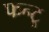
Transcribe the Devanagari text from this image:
फन्टू